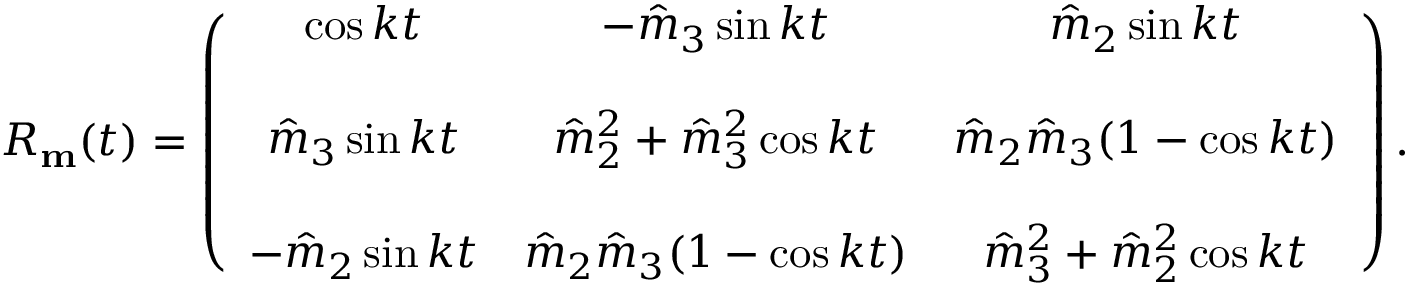
\begin{array} { r } { R _ { \bf m } ( t ) = \left( \begin{array} { c c c } { \cos k t } & { - \hat { m } _ { 3 } \sin k t } & { \hat { m } _ { 2 } \sin k t } \\ { { } } & { { } } & { { } } \\ { \hat { m } _ { 3 } \sin k t } & { \hat { m } _ { 2 } ^ { 2 } + \hat { m } _ { 3 } ^ { 2 } \cos k t } & { \hat { m } _ { 2 } \hat { m } _ { 3 } ( 1 - \cos k t ) } \\ { { } } & { { } } & { { } } \\ { - \hat { m } _ { 2 } \sin k t } & { \hat { m } _ { 2 } \hat { m } _ { 3 } ( 1 - \cos k t ) } & { \hat { m } _ { 3 } ^ { 2 } + \hat { m } _ { 2 } ^ { 2 } \cos k t } \end{array} \right) . } \end{array}